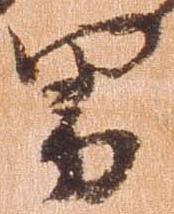
男